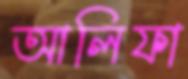
আলিফা